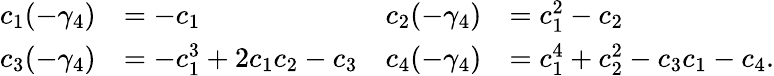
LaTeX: \begin{array}{rlrl}{c_{1}(-\gamma_{4})}&{=-c_{1}}&{c_{2}(-\gamma_{4})}&{=c_{1}^{2}-c_{2}}\\ {c_{3}(-\gamma_{4})}&{=-c_{1}^{3}+2c_{1}c_{2}-c_{3}}&{c_{4}(-\gamma_{4})}&{=c_{1}^{4}+c_{2}^{2}-c_{3}c_{1}-c_{4}.}\end{array}